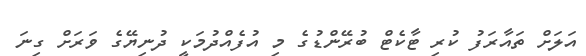
އަލަށް ތައާރަފު ކުރި ޓާކެޓް ބުރޭންޑުގެ މި އުފެއްދުމަކީ ދުނިޔޭގެ ވަރަށް ގިނަ